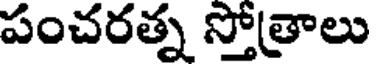
పంచరత్న స్తోత్రాలు